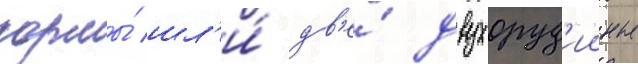
кормы́ шл'и́ дв'е́ двухоруд'ииные